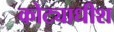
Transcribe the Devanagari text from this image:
कोट्याधीश